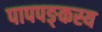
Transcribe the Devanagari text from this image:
पापपङ्कस्य